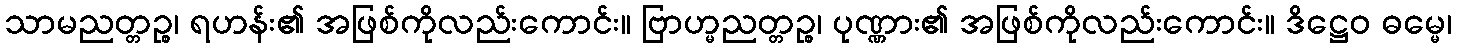
သာမညတ္တဉ္စ၊ ရဟန်း၏ အဖြစ်ကိုလည်းကောင်း။ ဗြာဟ္မညတ္တဉ္စ၊ ပုဏ္ဏား၏ အဖြစ်ကိုလည်းကောင်း။ ဒိဋ္ဌေဝ ဓမ္မေ၊